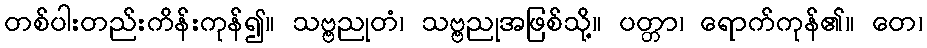
တစ်ပါးတည်းကိန်းကုန်၍။ သဗ္ဗညုတံ၊ သဗ္ဗညုအဖြစ်သို့။ ပတ္တာ၊ ရောက်ကုန်၏။ တေ၊